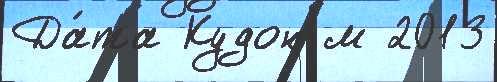
Да́та Кудон м 2013